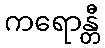
ကရောန္တီ